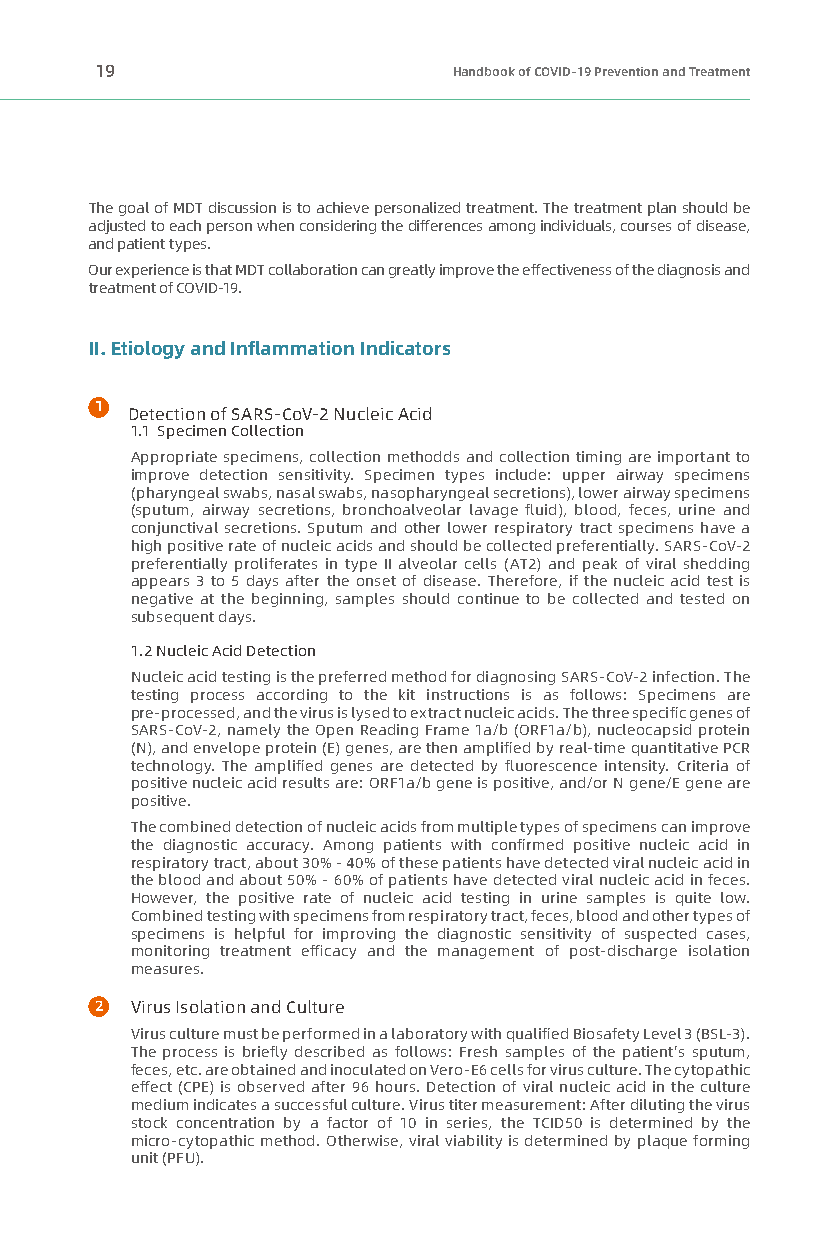
19                      Handbook of COVID-19 Prevention and Treatment
 The goal of MDT discussion is to achieve personalized treatment. The treatment plan should be
 adjusted to each person when considering the differences among individuals, courses of disease,
 and patient types.
 Our experience is that MDT collaboration can greatly improve the effectiveness of the diagnosis and
 treatment of COVID-19.
 II. Etiology and Inflammation Indicators
 1
 Detection of SARS-CoV-2 Nucleic Acid
 1.1 Specimen Collection
 Appropriate specimens, collection methodds and collection timing are important to
 improve detection sensitivity. Specimen types include: upper airway specimens
 (pharyngeal swabs, nasal swabs, nasopharyngeal secretions), lower airway specimens
 (sputum, airway secretions, bronchoalveolar lavage fluid), blood, feces, urine and
 conjunctival secretions. Sputum and other lower respiratory tract specimens have a
 high positive rate of nucleic acids and should be collected preferentially. SARS-CoV-2
 preferentially proliferates in type II alveolar cells (AT2) and peak of viral shedding
 appears 3 to 5 days after the onset of disease. Therefore, if the nucleic acid test is
 negative at the beginning, samples should continue to be collected and tested on
 subsequent days.
 1.2 Nucleic Acid Detection
 Nucleic acid testing is the preferred method for diagnosing SARS-CoV-2 infection. The
 testing process according to the kit instructions is as follows: Specimens are
 pre-processed, and the virus is lysed to extract nucleic acids. The three specific genes of
 SARS-CoV-2, namely the Open Reading Frame 1a/b (ORF1a/b), nucleocapsid protein
 (N), and envelope protein (E) genes, are then amplified by real-time quantitative PCR
 technology. The amplified genes are detected by fluorescence intensity. Criteria of
 positive nucleic acid results are: ORF1a/b gene is positive, and/or N gene/E gene are
 positive.
 The combined detection of nucleic acids from multiple types of specimens can improve
 the diagnostic accuracy. Among patients with confirmed positive nucleic acid in
 respiratory tract, about 30% - 40% of these patients have detected viral nucleic acid in
 the blood and about 50% - 60% of patients have detected viral nucleic acid in feces.
 However, the positive rate of nucleic acid testing in urine samples is quite low.
 Combined testing with specimens from respiratory tract, feces, blood and other types of
 specimens is helpful for improving the diagnostic sensitivity of suspected cases,
 monitoring treatment efficacy and the management of post-discharge isolation
 measures.
 2  Virus Isolation and Culture
 Virus culture must be performed in a laboratory with qualified Biosafety Level 3 (BSL-3).
 The process is briefly described as follows: Fresh samples of the patient's sputum,
 feces, etc. are obtained and inoculated on Vero-E6 cells for virus culture. The cytopathic
 effect (CPE) is observed after 96 hours. Detection of viral nucleic acid in the culture
 medium indicates a successful culture. Virus titer measurement: After diluting the virus
 stock concentration by a factor of 10 in series, the TCID50 is determined by the
 micro-cytopathic method. Otherwise, viral viability is determined by plaque forming
 unit (PFU).